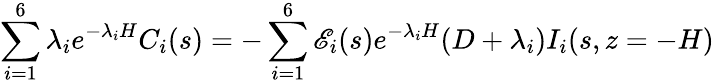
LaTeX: \sum_{i=1}^{6}\lambda_{i}e^{-\lambda_{i}H}C_{i}(s)=-\sum_{i=1}^{6}\mathscr{E}_{i}(s)e^{-\lambda_{i}H}(D+\lambda_{i})I_{i}(s,z=-H)